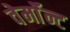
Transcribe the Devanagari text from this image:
वेर्माॅन्ट